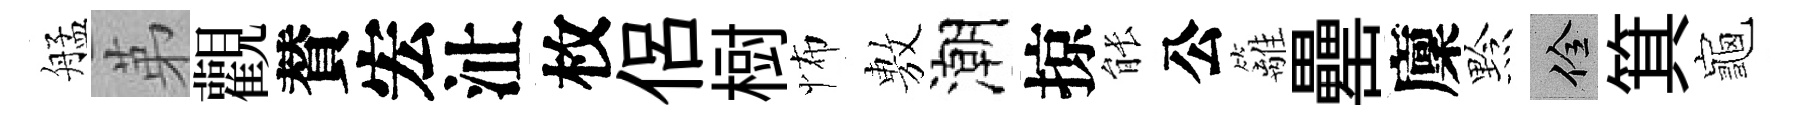
艋苐觀賛宏沚枚侶𣗳怖𢾾潮掠䏻公籬罍廩黔佺箕龜